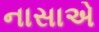
નાસાએ